Lunatic asylums Burma 1907-21 - 1907-1921
Year: 1907
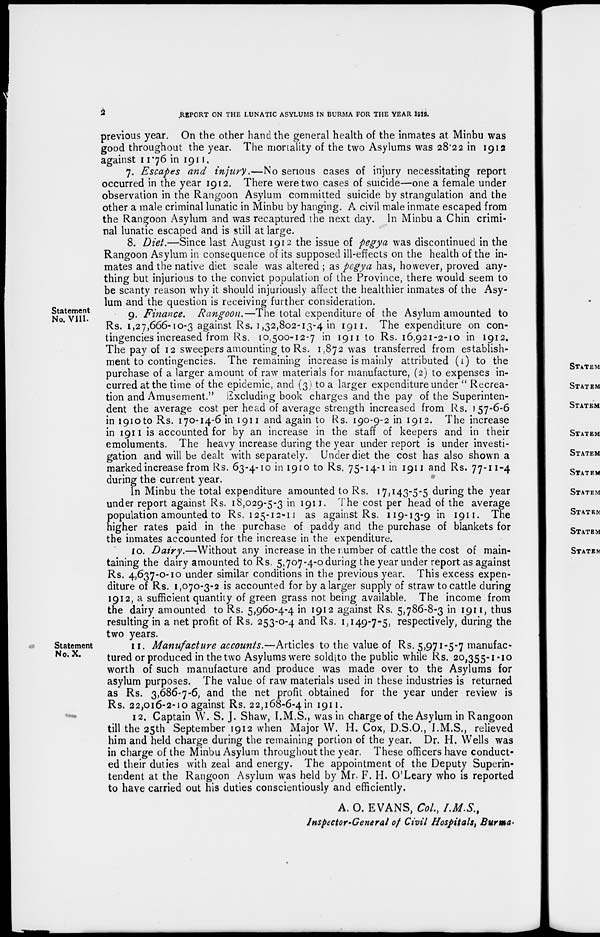
2
REPORT ON THE LUNATIC ASYLUMS IN BURMA FOR THE YEAR 1912.
previous year. On the other hand the general health of the inmates at Minbu was
good throughout the year. The mortality of the two Asylums was 28.22 in 1912
against 11.76 in 1911.
7. Escapes and injury.—No serious cases of injury necessitating report
occurred in the year 1912. There were two cases of suicide—one a female under
observation in the Rangoon Asylum committed suicide by strangulation and the
other a male criminal lunatic in Minbu by hanging. A civil male inmate escaped from
the Rangoon Asylum and was recaptured the next day. In Minbu a Chin crimi-
nal lunatic escaped and is still at large.
8. Diet.—Since last August 1912 the issue of pegya was discontinued in the
Rangoon Asylum in consequence of its supposed ill-effects on the health of the in-
mates and the native diet scale was altered ; as pegya has, however, proved any-
thing but injurious to the convict population of the Province, there would seem to
be scanty reason why it should injuriously affect the healthier inmates of the Asy-
lum and the question is receiving further consideration.
Statement
No. VIII.
9. Finance. Rangoon.—The total expenditure of the Asylum amounted to
Rs. 1,27,666-10-3 against Rs. 1,32,802-13-4 in 1911. The expenditure on con-
tingencies increased from Rs. 10,500-12-7 in 1911 to Rs. 16,921-2-10 in 1912.
The pay of 12 sweepers amounting to Rs. 1,872 was transferred from establish-
ment to contingencies. The remaining increase is mainly attributed (1) to the
purchase of a larger amount of raw materials for manufacture, (2) to expenses in-
curred at the time of the epidemic, and (3) to a larger expenditure under " Recrea-
tion and Amusement." Excluding book charges and the pay of the Superinten-
dent the average cost per head of average strength increased from Rs. 157-6-6
in 1910 Rs. 170-14-6 in 1911 and again to Rs. 190-9-2 in 1912. The increase
in 1911 is accounted for by an increase in the staff of keepers and in their
emoluments. The heavy increase during the year under report is under investi-
gation and will be dealt with separately. Under diet the cost has also shown a
marked increase from Rs. 63-4-10 in 1910 to Rs. 75-14-1 in 1911 and Rs. 77-11-4
during the current year.
In Minbu the total expenditure amounted to Rs. 17,143-5-5 during the year
under report against Rs. 18,029-5-3 in 1911. The cost per head of the average
population amounted to Rs. 125-12-11 as against Rs. 119-13-9 in 1911. The
higher rates paid in the purchase of paddy and the purchase of blankets for
the inmates accounted for the increase in the expenditure.
10. Dairy.—Without any increase in the number of cattle the cost of main-
taining the dairy amounted to Rs. 5,707-4-0 during the year under report as against
Rs. 4,637-0-10 under similar conditions in the previous year. This excess expen-
diture of Rs. 1,070-3-2 is accounted for by a larger supply of straw to cattle during
1912, a sufficient quantity of green grass not being available. The income from
the dairy amounted to Rs. 5,960-4-4 in 1912 against Rs. 5,786-8-3 in 1911, thus
resulting in a net profit of Rs. 253-0-4 and Rs. 1,149-7-5, respectively, during the
two years.
Statement
No.X.
11. Manufacture accounts.—Articles to the value of Rs. 5,971-5-7 manufac-
tured or produced in the two Asylums were sold to the public while Rs. 20,355-1-10
worth of such manufacture and produce was made over to the Asylums for
asylum purposes. The value of raw materials used in these industries is returned
as Rs. 3,686-7-6, and the net profit obtained for the year under review is
Rs. 22,016-2-10 against Rs. 22,168-6-4in 1911.
12. Captain W. S. J. Shaw, I.M.S., was in charge of the Asylum in Rangoon
till the 25th September 1912 when Major W. H. Cox, D.S.O., I.M.S., relieved
him and held charge during the remaining portion of the year. Dr. H. Wells was
in charge of the Minbu Asylum throughout the year. These officers have conduct-
ed their duties with zeal and energy. The appointment of the Deputy Superin-
tendent at the Rangoon Asylum was held by Mr. F. H. O'Leary who is reported
to have carried out his duties conscientiously and efficiently.
A. O. EVANS, Col., I.M.S.,
Inspector-General of Civil Hospitals, Burma.